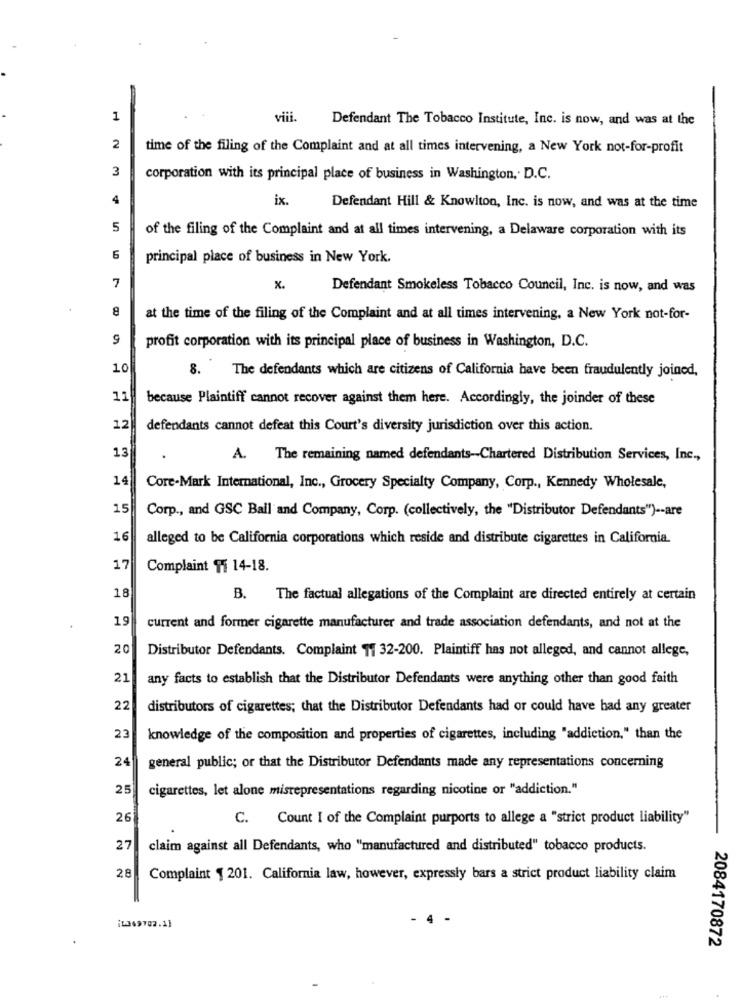
1
viii.
Defendant The Tobacco Institute, Inc. is now, and was at the
2
time of the filing of the Complaint and at all times intervening, a New York not-for-profit
3
corporation with its principal place of business in Washington, D.C.
4
ix.
Defendant Hill & Knowlton, Inc. is now, and was at the time
5
of the filing of the Complaint and at all times intervening, a Delaware corporation with its
6
principal place of business in New York.
7
x.
Defendant Smokeless Tobacco Council, Inc. is now, and was
8
at the time of the filing of the Complaint and at all times intervening, a New York not-for-
profit corporation with its principal place of business in Washington, D.C.
10
The defendants which are citizens of California have been fraudulently joined,
11
because Plaintiff cannot recover against them here. Accordingly, the joinder of these
12
defendants cannot defeat this Court's diversity jurisdiction over this action.
13
A. The remaining named defendants-Chartered Distribution Services, Inc .,
14
Core-Mark International, Inc ., Grocery Specialty Company, Corp ., Kennedy Wholesale,
15
Corp ., and GSC Ball and Company, Corp. (collectively, the "Distributor Defendants") -- are
16
alleged to be California corporations which reside and distribute cigarettes in California.
17
Complaint Tf 14-18.
18
B. The factual allegations of the Complaint are directed entirely at certain
19
current and former cigarette manufacturer and trade association defendants, and not at the
20
Distributor Defendants. Complaint 1 32-200. Plaintiff has not alleged, and cannot allege,
21
any facts to establish that the Distributor Defendants were anything other than good faith
22
distributors of cigarettes; that the Distributor Defendants had or could have had any greater
23
knowledge of the composition and properties of cigarettes, including "addiction," than the
24
general public; or that the Distributor Defendants made any representations concerning
25
cigarettes, let alone misrepresentations regarding nicotine or "addiction."
26
C. Count I of the Complaint purports to allege a "strict product liability"
27
claim against all Defendants, who "manufactured and distributed" tobacco products.
28
Complaint 1 201. California law, however, expressly bars a strict product liability claim
- 4 -
2084170872